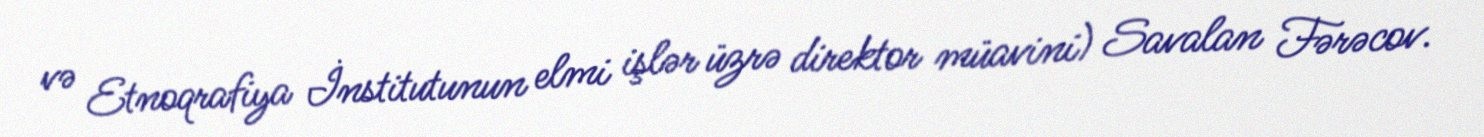
və Etnoqrafiya İnstitutunun elmi işlər üzrə direktor müavini) Savalan Fərəcov.